Senior Leaving Certificate Examination (including Day School Certificate (Higher) General paper), 1949
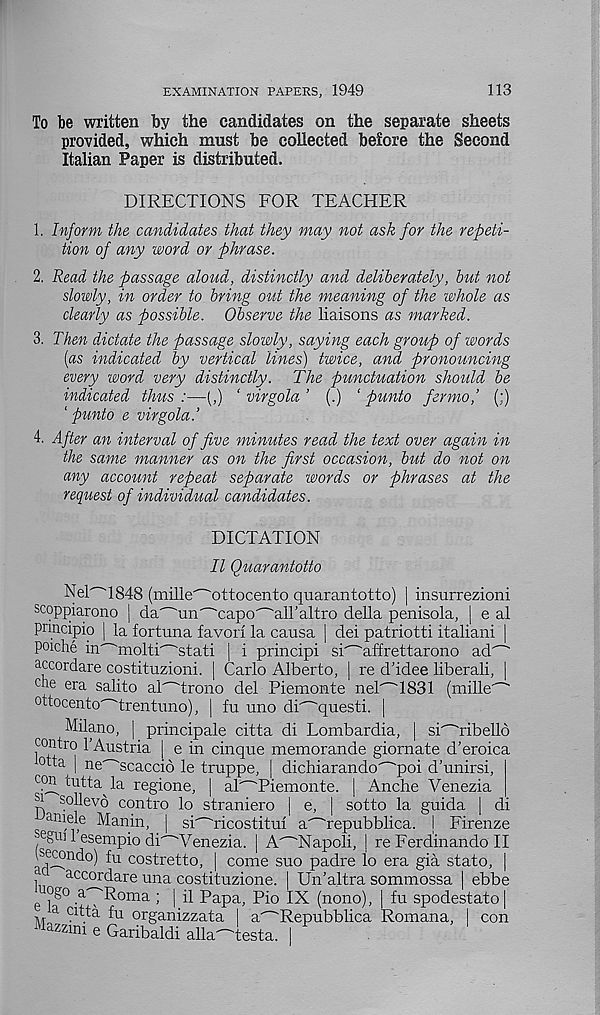
EXAMINATION PAPERS, 1949
113
To be written by the candidates on the separate sheets
provided, which must be collected before the Second
Italian Paper is distributed.
DIRECTIONS FOR TEACHER
1. Inform the candidates that they may not ask for the repeti-
tion of any word or phrase.
2. Read the passage aloud, distinctly and deliberately, but not
slowly, in order to bring out the meaning of the whole as
dearly as possible. Observe the liaisons as marked.
3. Then dictate the passage slowly, saying each group of words
[as indicated by vertical lines) twice, and pronouncing
every word very distinctly. The punctuation should be
indicated thus :—(,) ' virgola ’ (.) ‘ punto fermof (;)
‘ punto e virgola.’
4. After an interval of five minutes read the text over again in
the same manner as on the first occasion, but do not on
any account repeat separate words or phrases at the
request of individual candidates.
DICTATION
II Quarantotto
NeE'~T848 (mille'~'ottocento quarantotto) msurreziom
scoppiarono | da'~'un'~'capo'^airaltro della penisola, | e al
principle | la fortuna favori la causa
poiche in^'molti'~'stati | i principi
accordare costituzioni. | Carlo Alberto,
cue era salito aTTrono del Piemonte
ottocento' 'trentuno), | fu uno di^questi.
dei patriotti italiani
si'~'affrettarono ad"
re d’idee liberali,
nel""1831 (mille"
Milano, | principale citta di Lombardia, I si"D:ibelld
centre 1'Austria
lotta ne'
e in cinque memorande giornate d’eroica
Acaccid le truppe, j dichiarando"^poi d’unirsi,
con uitta^la regione, | al^Piemonte. | Anche Venezia
t) sollevo contro lo straniero I e, I sotto la guida | di
aniele Manin, | si"~'ricostitui
segui I’esempio dr
(S^ndo )
costretto,
a
accordare una costituzione.
lu°g o a-Roma •
a^repubblica. I Firenze
Venezia. | A^Napoli, | re Ferdinando II
come suo padre lo era gia stato, [
Un’altra sommossa I ebbe
il Papa, Pio IX (nono), | fu spodestato |
0 j
• \
^ ) |
-L
a citta fu organizzata I a""Repubblica Romana,
aZ zmi e Garibaldi alla"^testa.
con